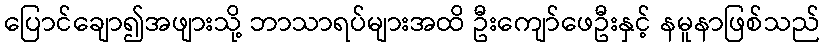
ပြောင်ချော၍အဖျားသို့ ဘာသာရပ်များအထိ ဦးကျော်ဖေဦးနှင့် နမူနာဖြစ်သည်